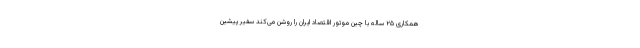
همکاری ۲۵ ساله با چین موتور اقتصاد ایران را روشن می‌کند سفیر پیشین